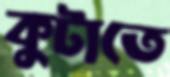
কুটাতে